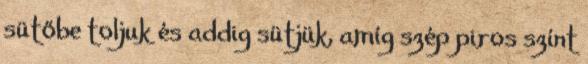
sütőbe toljuk és addig sütjük, amíg szép piros színt